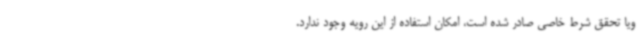
ویا تحقق شرط خاصی صادر شده است، امکان استفاده از این رویه وجود ندارد.